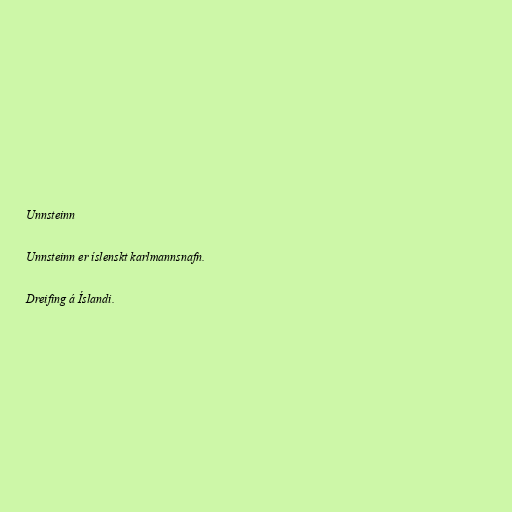
Unnsteinn

Unnsteinn er íslenskt karlmannsnafn.

Dreifing á Íslandi.